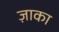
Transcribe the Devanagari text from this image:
ज़ाका